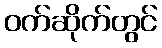
ဝက်ဆိုက်တွင်